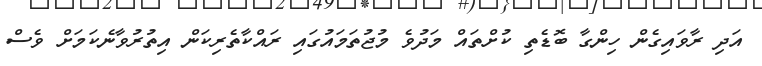
އަދި ރާވައިގެން ހިންގާ ބޮޑެތި ކުށްތައް މަދުވެ މުޖުތަމައުގައި ރައްކާތެރިކަން އިތުރުވާނެކަމަށް ވެސް